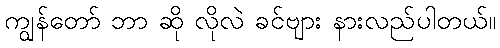
ကျွန်တော် ဘာ ဆို လိုလဲ ခင်ဗျား နားလည်ပါတယ်။